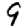
Digit: 9